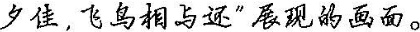
夕佳，飞鸟相与还”展现的画面。